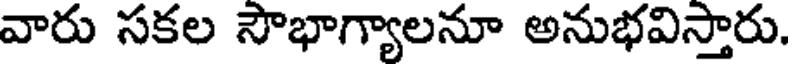
వారు సకల సౌభాగ్యాలనూ అనుభవిస్తారు.